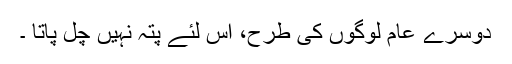
دوسرے عام لوگوں کی طرح، اس لئے پتہ نہیں چل پاتا ۔